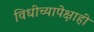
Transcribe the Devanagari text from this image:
विधीच्यापेक्षाही